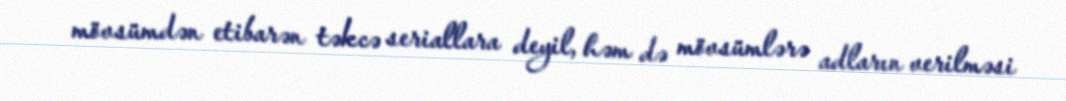
mövsümdən etibarən təkcə seriallara deyil, həm də mövsümlərə adların verilməsi